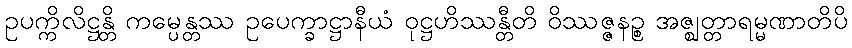
ဥပက္ကိလိဋ္ဌန္တိ ကမ္ပေန္တဿ ဥပေက္ခာဋ္ဌာနီယံ ဝုဋ္ဌဟိဿန္တီတိ ဝိဿဇ္ဇနဉ္စ အဇ္ဈတ္တာရမ္မဏာတိပိ